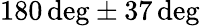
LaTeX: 180\, \textrm{deg}\pm 37\, \textrm{deg}